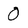
Character: O